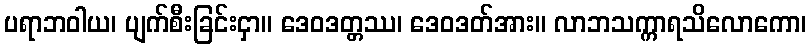
ပရာဘဝါယ၊ ပျက်စီးခြင်းငှာ။ ဒေဝဒတ္တဿ၊ ဒေဝဒတ်အား။ လာဘသက္ကာရသိလောကော၊